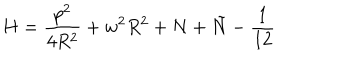
LaTeX: H = \frac { p ^ { 2 } } { 4 R ^ { 2 } } + w ^ { 2 } R ^ { 2 } + N + \tilde { N } - \frac { 1 } { 1 2 }